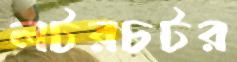
লটরচটর